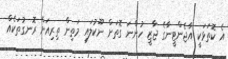
އެ ކޮތަޅަކީ އާޖެންޓީނާގެ ޖާޒީ ހުންނަ ގޮތަށް ނޫކުލައި މަތިން ތިރިއަށް ރޮނގުތަކެއް